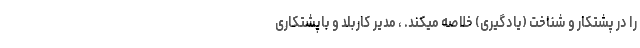
را در پشتکار و شناخت (یادگیری) خلاصه میکند. ، مدیر کاربلد و باپشتکاری